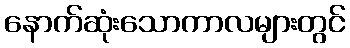
နောက်ဆုံးသောကာလများတွင်